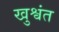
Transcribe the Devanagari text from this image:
खुश्वंत